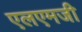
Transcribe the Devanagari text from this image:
एलएमजी